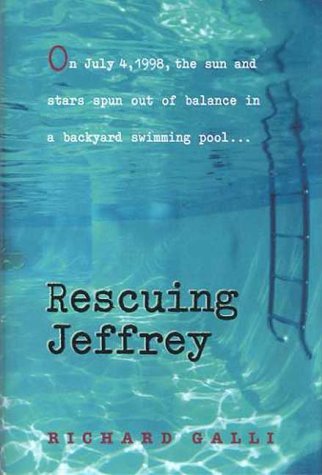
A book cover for Rescuing Jeffrey; Richard Galli; Medical Books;